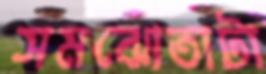
সমঝোতাটা